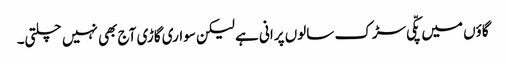
گاؤں میں پکّی سڑک سالوں پرانی ہے لیکن سواری گاڑی آج بھی نہیں چلتی۔